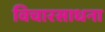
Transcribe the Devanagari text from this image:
विचारसाधना